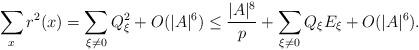
LaTeX: \begin{align*} \sum_x r^2(x) = \sum_{\xi\not=0}Q_\xi^2 +O(|A|^6) \leq \frac{|A|^8}p +\sum_{\xi\not=0} Q_\xi E_\xi + O(|A|^6).\end{align*}